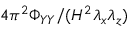
4 \pi ^ { 2 } \Phi _ { Y Y } / ( H ^ { 2 } \lambda _ { x } \lambda _ { z } )